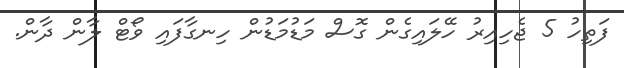
ފަތިހު 5 ޖެހިއިރު ހޭލައިގެން ގޮސް މަޑުމަޑުން ހިނގާފައި ވޯޓް ލާން ދާން.